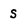
Character: s